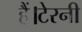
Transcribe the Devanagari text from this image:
हैं।टेरनी